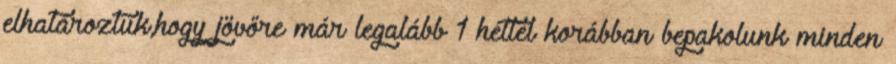
elhatároztuk,hogy jövőre már legalább 1 héttel korábban bepakolunk minden